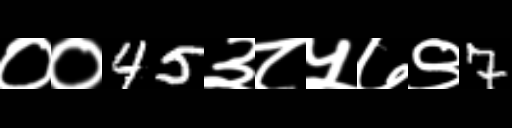
Text: ००45३८५७९7